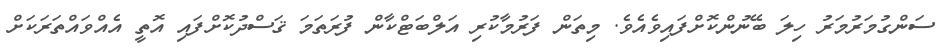
ސަންގުމަރުމަރު ހިލަ ބޭނުންކޮށްފައިވެއެވެ. މިތަން ފަރުމާކުރި އަލްބަޓްކާން ފުރަތަމަ ޤަސްދުކޮށްފައި އޮތީ އެއްވައްތަރަކަށް